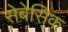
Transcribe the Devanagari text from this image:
सेबेसिक